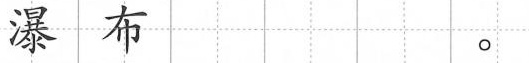
瀑布。